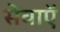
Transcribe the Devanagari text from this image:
सेवाऍं